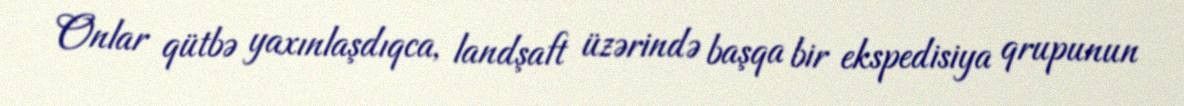
Onlar qütbə yaxınlaşdıqca, landşaft üzərində başqa bir ekspedisiya qrupunun